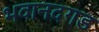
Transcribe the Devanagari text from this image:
भवानदगड